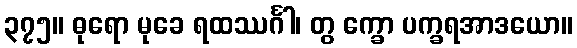
၃၇၅။ ဓုရော မုခေ ရထဿင်္ဂါ၊ တွ က္ခော ပက္ခရအာဒယော။